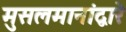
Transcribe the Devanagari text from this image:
मुसलमानांद्वारे